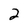
Character: 2